Annual report of the Civil Veterinary Department, Bengal, for the year 1897-98 - 1897-1898
Year: 1897
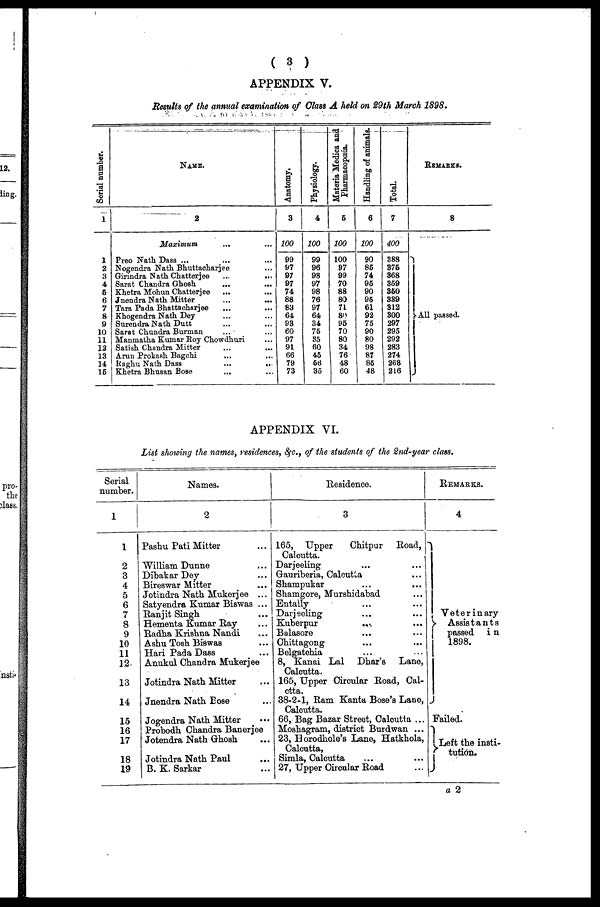
( 3 )
APPENDIX V.
Results of the annual examination of Class A held on 29th March 1898.
Serial number.
1
1
2
3
4
6
6
7
8
9
10
11
12
13
14
16
NAME.
2
Maximum ... ...
Preo Nath. Dass ... ... ...
Nogendra Nath Bhuttacharjee ...
Girindra Nath Chatterjee
...
...
Sarat Chandra Ghosh ... ...
Khetra Mohun Chatterjee ... ...
Jnendra Nath Mitter ... ...
Tara Pada Bhattacharjee ... ...
Khogendra Nath Dey ... ...
Surendra Nath Dutt ... ...
Sarat Chundra Burman ... ...
Manmatha Kumar Roy Chowdhuri ...
Satish Chandra Mitter ... ...
Arun Prokash Bagchi ... ...
Raghu Nath Dass
...
..
Khetra Bhusan Bose ... ...
Anatomy.
3
100
99
97
97
97
74
88
83
64
93
60
97
91
66
79
73
Physiology.
4
100
99
96
98
97
98
76
97
64
34
76
35
60
45
66
35
Materia Medica and
Pharmacopœia.
6
100
100
97
99
70
88
80
71
80
95
70
80
34
76
48
60
Handling of animals.
6
100
90
86
74
96
90
95
61
92
75
90
80
98
87
86
48
Total.
7
400
388
376
368
359
360
339
312
300
297
295
292
283
274
268
216
REMARKS.
8
All passed.
APPENDIX VI.
List showing the names, residences, &c., of the students of the 2nd-year class.
Serial
number.
1
2
3
4
5
6
7
8
9
10
11
12
13
14
15
16
17
18
19
Names.
2
Pashu Pati Mitter ...
William Dunne ...
Dibakar Dey ...
Bireswar Mitter ...
Jotindra Nath Mukerjee ...
Satyendra Kumar Biswas ...
Ranjit Singh ...
Hementa Kumar Ray ...
Radha Krishna Nandi ...
Ashu Tosh Biswas ...
Hari Pada Dass ...
Anukul Chandra Mukerjee
Jotindra Nath Mitter ...
Jnendra Nath Bose ...
Jogendra Nath Mitter ...
Probodh Chandra Banerjee
Jotendra Nath Ghosh ...
Jotindra Nath Paul ...
B. K. Sarkar ...
Residence.
3
165, Upper
Chitpur
Road,
Calcutta.
Darjeeling
...
...
Gauriberia, Calcutta ...
Shampukar ... ...
Shamgore, Murshidabad ...
Entally ... ...
Darjeeling ... ...
Kuberpur
...
...
Balasore ... ...
Chittagong ... ...
Belgatchia ... ...
8, Kanai Lal Dhar's
Lane,
Calcutta.
165, Upper Circular Road, Cal-
ctta.
38-2-1, Ram Kanta Bose's Lane,
Calcutta.
66, Bag Bazar Street, Calcutta ...
Moshagram, district Burdwan ...
23, Horodhole's Lane, Hatkhola,
Calcutta,
Simla, Calcutta ... ...
27, Upper Circular Road ...
REMARKS.
4
Veterinary
Assistants
passed
in
1898.
Failed.
Left the insti-
tution.
a 2